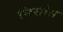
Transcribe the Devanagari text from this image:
निसोस